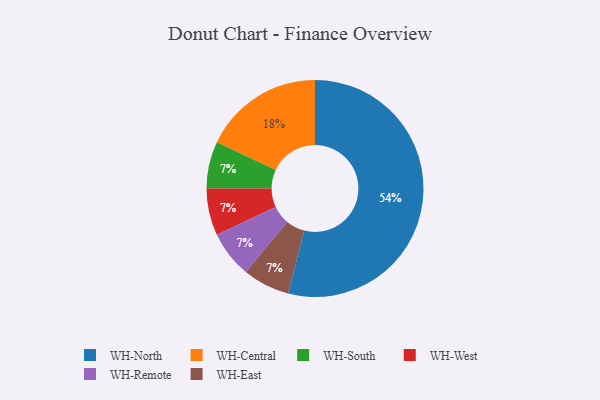
{"axis": {"x": "Category", "y": "Percentage"}, "legend": ["WH-Central", "WH-East", "WH-North", "WH-Remote", "WH-South", "WH-West"], "data": [{"x": "WH-South", "y": 7, "type": "WH-South"}, {"x": "WH-West", "y": 7, "type": "WH-West"}, {"x": "WH-North", "y": 54, "type": "WH-North"}, {"x": "WH-Central", "y": 18, "type": "WH-Central"}, {"x": "WH-Remote", "y": 7, "type": "WH-Remote"}, {"x": "WH-East", "y": 7, "type": "WH-East"}]}